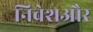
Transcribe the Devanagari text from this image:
निवेशऔर